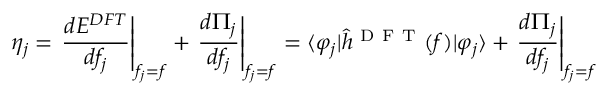
\eta _ { j } = \left. \frac { d E ^ { D F T } } { d f _ { j } } \right\rvert _ { f _ { j } = f } + \left. \frac { d \Pi _ { j } } { d f _ { j } } \right\rvert _ { f _ { j } = f } = \langle \varphi _ { j } \rvert \hat { h } ^ { \mathrm { ~ D ~ F ~ T ~ } } ( f ) \lvert \varphi _ { j } \rangle + \left. \frac { d \Pi _ { j } } { d f _ { j } } \right\rvert _ { f _ { j } = f }